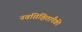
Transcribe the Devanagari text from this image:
नवशिक्षितांपैकी